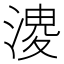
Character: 𭱬